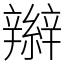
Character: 辮